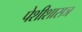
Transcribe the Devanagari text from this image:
पेशीशासञ